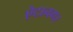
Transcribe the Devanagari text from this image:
ऐटानगर